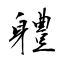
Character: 軆